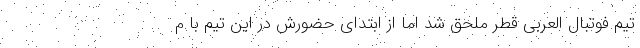
تیم فوتبال العربی قطر ملحق شد اما از ابتدای حضورش در این تیم با م